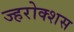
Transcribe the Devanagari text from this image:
ज्हरोक्शस